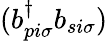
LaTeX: (b_{pi\sigma}^{\dagger}b_{si\sigma})